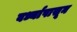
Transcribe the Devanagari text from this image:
वर्ध्यापासून